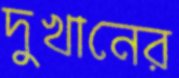
দুখানের